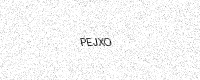
Text: PEJXO